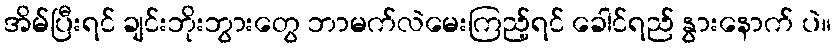
အိမ်ပြီးရင် ချင်းဘိုးဘွားတွေ ဘာမက်လဲမေးကြည့်ရင် ခေါင်ရည် နွားနောက် ပဲ။